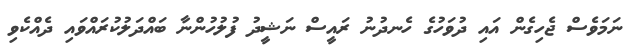
ނަމަވެސް ޖެހިގެން އައި ދުވަހުގެ ހެނދުނު ރައީސް ނަޝީދު ފުލުހުންނާ ބައްދަލުކުރައްވައި ދެއްކެވި